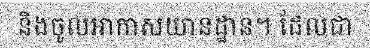
និងចូលអាកាសយានដ្ឋាន។ ដែលជា